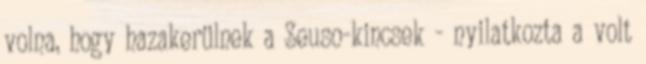
volna, hogy hazakerülnek a Seuso-kincsek - nyilatkozta a volt